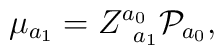
\mu _{a_1}=Z_{\;\;a_1}^{a_0}{\cal P}_{a_0},